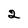
Character: 2